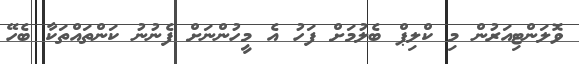
ވޮލަންޓިއަރުން މި ކްލިޕް ބެލުމަށް ފަހު އެ މީހުންނަށް ފެނުނު ކަންތައްތަކާ ބެހޭ